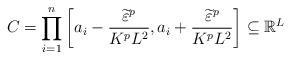
LaTeX: \begin{align*} C=\prod_{i=1}^n\left[a_i-\frac{\widetilde\varepsilon^p}{K^pL^2},a_i+\frac{\widetilde\varepsilon^p}{K^pL^2}\right]\subseteq\mathbb{R}^L\end{align*}